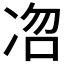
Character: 𭂐